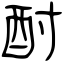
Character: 酎